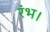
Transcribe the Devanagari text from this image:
रंभ।